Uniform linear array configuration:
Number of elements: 24
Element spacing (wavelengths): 0.5
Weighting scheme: binomial
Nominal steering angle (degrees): -15
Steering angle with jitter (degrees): -14.103
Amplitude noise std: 0.05
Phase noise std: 0.05

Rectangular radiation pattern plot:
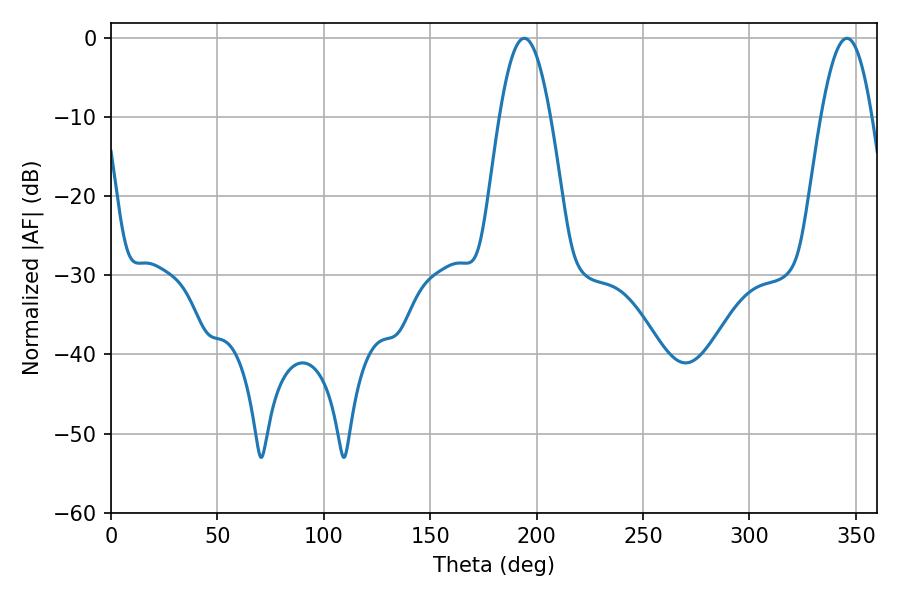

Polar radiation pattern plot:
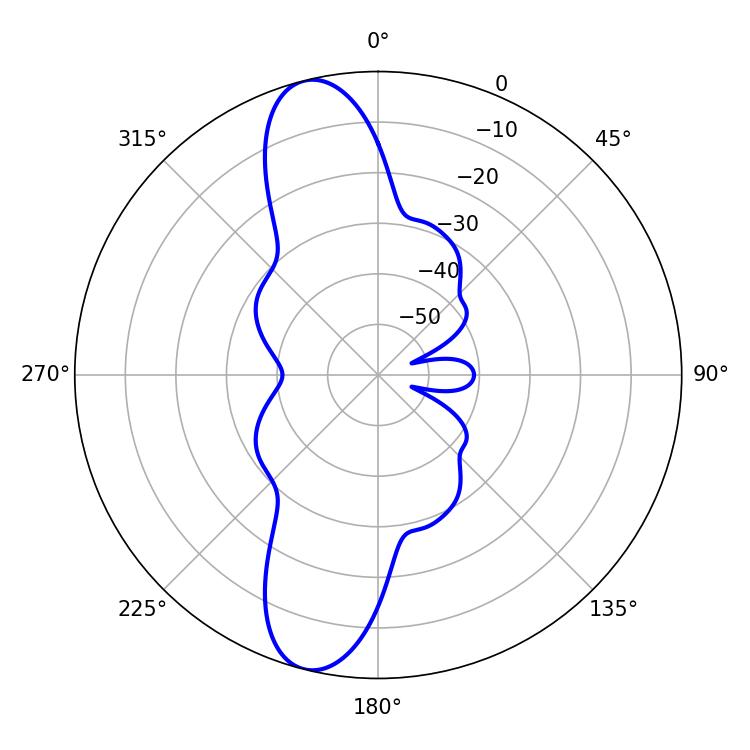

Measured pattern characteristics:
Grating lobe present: FALSE
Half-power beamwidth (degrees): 12.96
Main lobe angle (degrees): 194.22